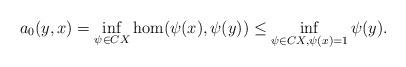
LaTeX: \begin{align*} a_0(y,x)=\inf_{\psi\in CX}\hom(\psi(x),\psi(y))\le\inf_{\psi\in CX,\psi(x)=1}\psi(y). \end{align*}